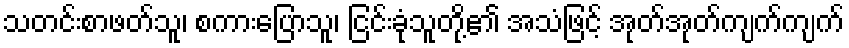
သတင်းစာဖတ်သူ၊ စကားပြောသူ၊ ငြင်းခုံသူတို့၏ အသံဖြင့် အုတ်အုတ်ကျက်ကျက်